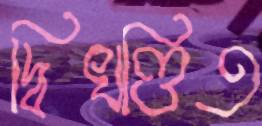
দ্বিখণ্ডিত